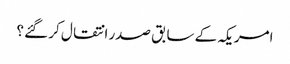
امریکہ کے سابق صدر انتقال کر گئے ؟